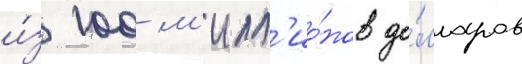
и́з 100 м'илл'ио́нов до́лларов